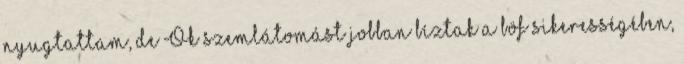
nyugtattam, de Ők szemlátomást jobban bíztak a böf sikerességében,